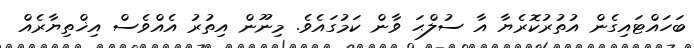
ބަހައްޓައިގެން އުތުރުކޮރެޔާ އާ ސުލްޙަ ވާން ކަމުގައެވެ. މިނޫން އިތުރު އެއްވެސް އިޚްތިޔާރެއް